Mental hospitals Bombay report 1921-28 - 1921-1928
Year: 1921
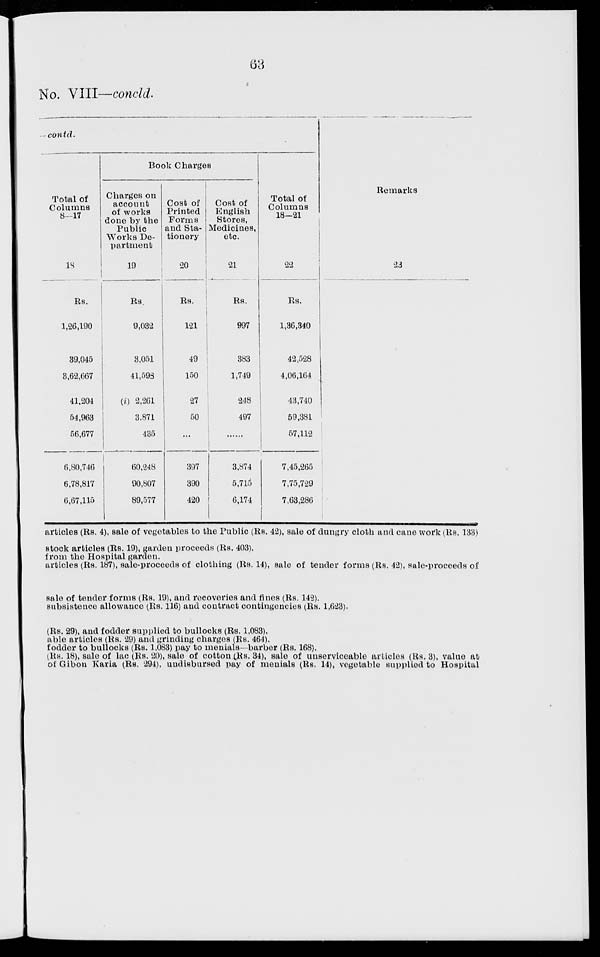
63
No. VIII—concld.
contd.
Total of
Columns
8—17
18
Rs.
1,26,190
39,045
8,62,667
41,204
54,963
56,677
6,80,746
6,78,817
6,67,115
Book Charges
Charges on
account
of works
done by the
Public
Works De-
partment
19
Rs.
9,032
3,051
41,593
(i) 2,261
3,871
435
60,248
90,807
89,577
Cost of
Printed
Forms
and Sta-
tionery
20
Rs.
121
49
150
27
50
...
397
390
420
Cost of
English
Stores,
Medicines,
etc.
21
Rs.
997
383
1,749
248
497
......
3,874
5,715
6,174
Total of
Columns
18—21
22
Rs.
1,36,340
42,528
4,06,164
43,740
59,381
57,112
7,45,265
7,75,729
7,63,286
Remarks
23
articles (Rs. 4), sale of vegetables to the Public (Rs. 42), sale of dungry cloth and cane work (Rs. 138)
stock articles (Rs. 19), garden proceeds (Rs. 403).
from the Hospital garden.
articles (Rs. 187), sale-proceeds of clothing (Rs. 14), sale of tender forms (Rs. 42), sale-proceeds of
sale of tender forms (Rs. 19), and recoveries and fines (Rs. 142).
subsistence allowance (Rs. 116) and contract contingencies (Rs. 1,623).
(Rs. 29), and fodder supplied to bullocks (Rs. 1,083).
able articles (Rs. 29) and grinding charges (Rs. 464).
fodder to bullocks (Rs. 1,083) pay to menials—barber (Rs. 168).
(Rs. 18), sale of lac (Rs. 20), sale of cotton (Rs. 34), sale of unserviceable articles (Rs. 3), value at
of Gibon Karia (Rs. 294), undisbursed pay of menials (Rs. 14), vegetable supplied to Hospital